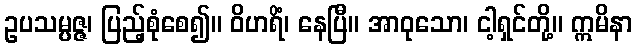
ဥပသမ္ပဇ္ဇ၊ ပြည့်စုံစေ၍။ ဝိဟရိံ၊ နေပြီ။ အာဝုသော၊ ငါ့ရှင်တို့။ ဣမိနာ